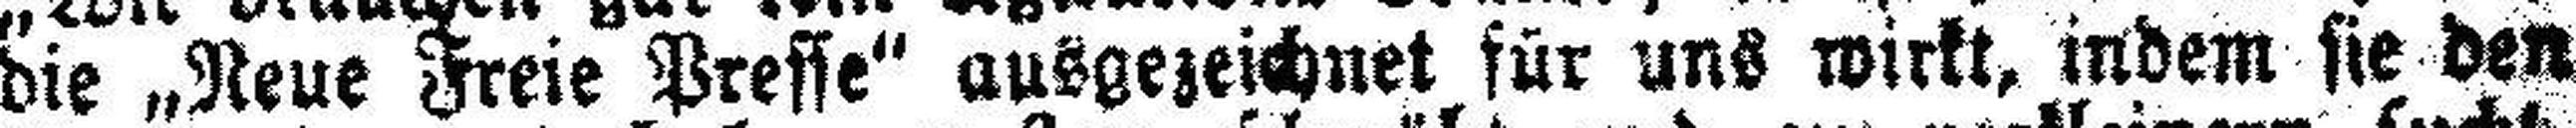
die „Neue Freie Presse" ausgezeichnet für uns wirkt, indem sie den